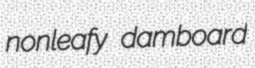
nonleafy damboard